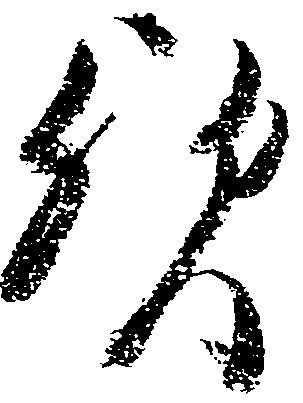
歟